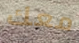
معك